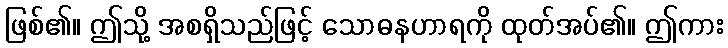
ဖြစ်၏။ ဤသို့ အစရှိသည်ဖြင့် သောဓနဟာရကို ထုတ်အပ်၏။ ဤကား